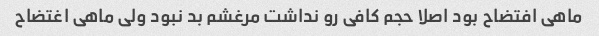
ماهی افتضاح بود اصلا حجم کافی رو نداشت مرغشم بد نبود ولی ماهی اغتضاح